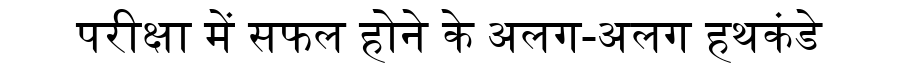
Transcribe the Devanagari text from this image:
परीक्षा में सफल होने के अलग-अलग हथकंडे